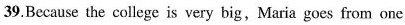
39.Because the college is very big,Maria goes from one